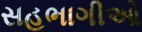
સહભાગીઓ